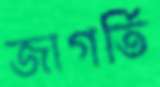
জাগর্তি